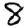
Digit: 8